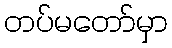
တပ်မတော်မှာ